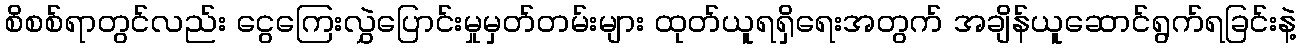
စိစစ်ရာတွင်လည်း ငွေကြေးလွှဲပြောင်းမှုမှတ်တမ်းများ ထုတ်ယူရရှိရေးအတွက် အချိန်ယူဆောင်ရွက်ရခြင်းနဲ့